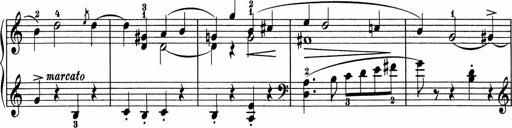
Title: 5 Sonatinen fÃ¼r die Jugend
Composer: Carl Reinecke